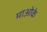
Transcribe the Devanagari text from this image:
माओके